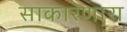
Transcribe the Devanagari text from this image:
साकारणारा